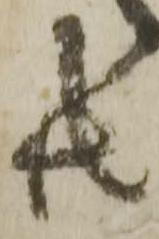
共